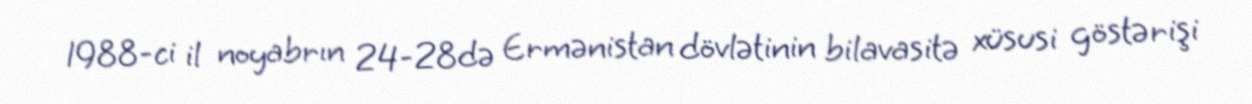
1988-ci il noyabrın 24-28də Ermənistan dövlətinin bilavasitə xüsusi göstərişi